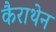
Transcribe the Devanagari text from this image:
कैराथेन